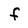
Character: f